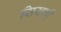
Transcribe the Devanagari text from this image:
सिखाएँ